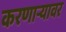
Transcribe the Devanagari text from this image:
करणाऱ्यावर